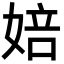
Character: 婄